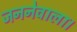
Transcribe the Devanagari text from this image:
जननेवाला।